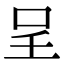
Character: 呈